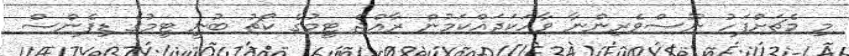
މި މެޗަށްފަހު ނޫސްވެރިންނާ ވާހަކަދައްކަމުން ރާއްޖެ ޓީމުގެ ކޯޗު ބުނީ ޓީމުގެ ޑިފެންސް